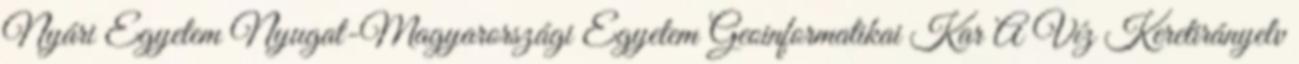
Nyári Egyetem Nyugat-Magyarországi Egyetem Geoinformatikai Kar A Víz Keretirányelv